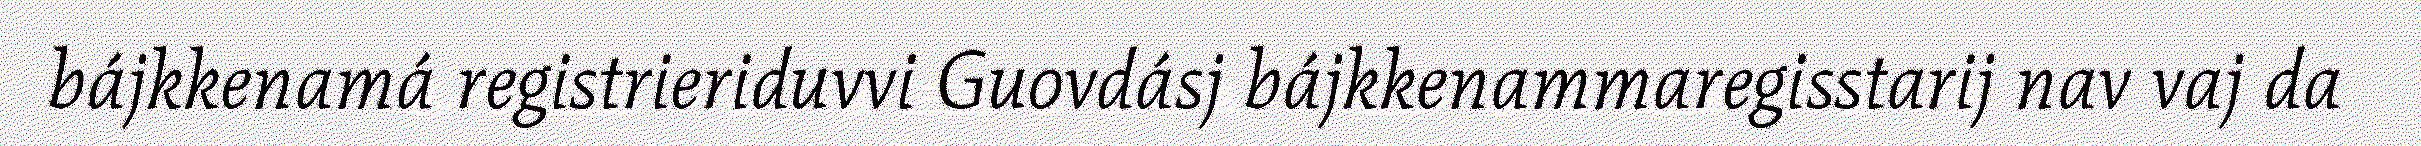
bájkkenamá registrieriduvvi Guovdásj bájkkenammaregisstarij nav vaj da